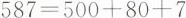
$$587=500+80+7$$